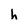
Character: h